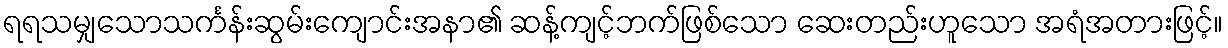
ရရသမျှသောသင်္ကန်းဆွမ်းကျောင်းအနာ၏ ဆန့်ကျင့်ဘက်ဖြစ်သော ဆေးတည်းဟူသော အရံအတားဖြင့်။